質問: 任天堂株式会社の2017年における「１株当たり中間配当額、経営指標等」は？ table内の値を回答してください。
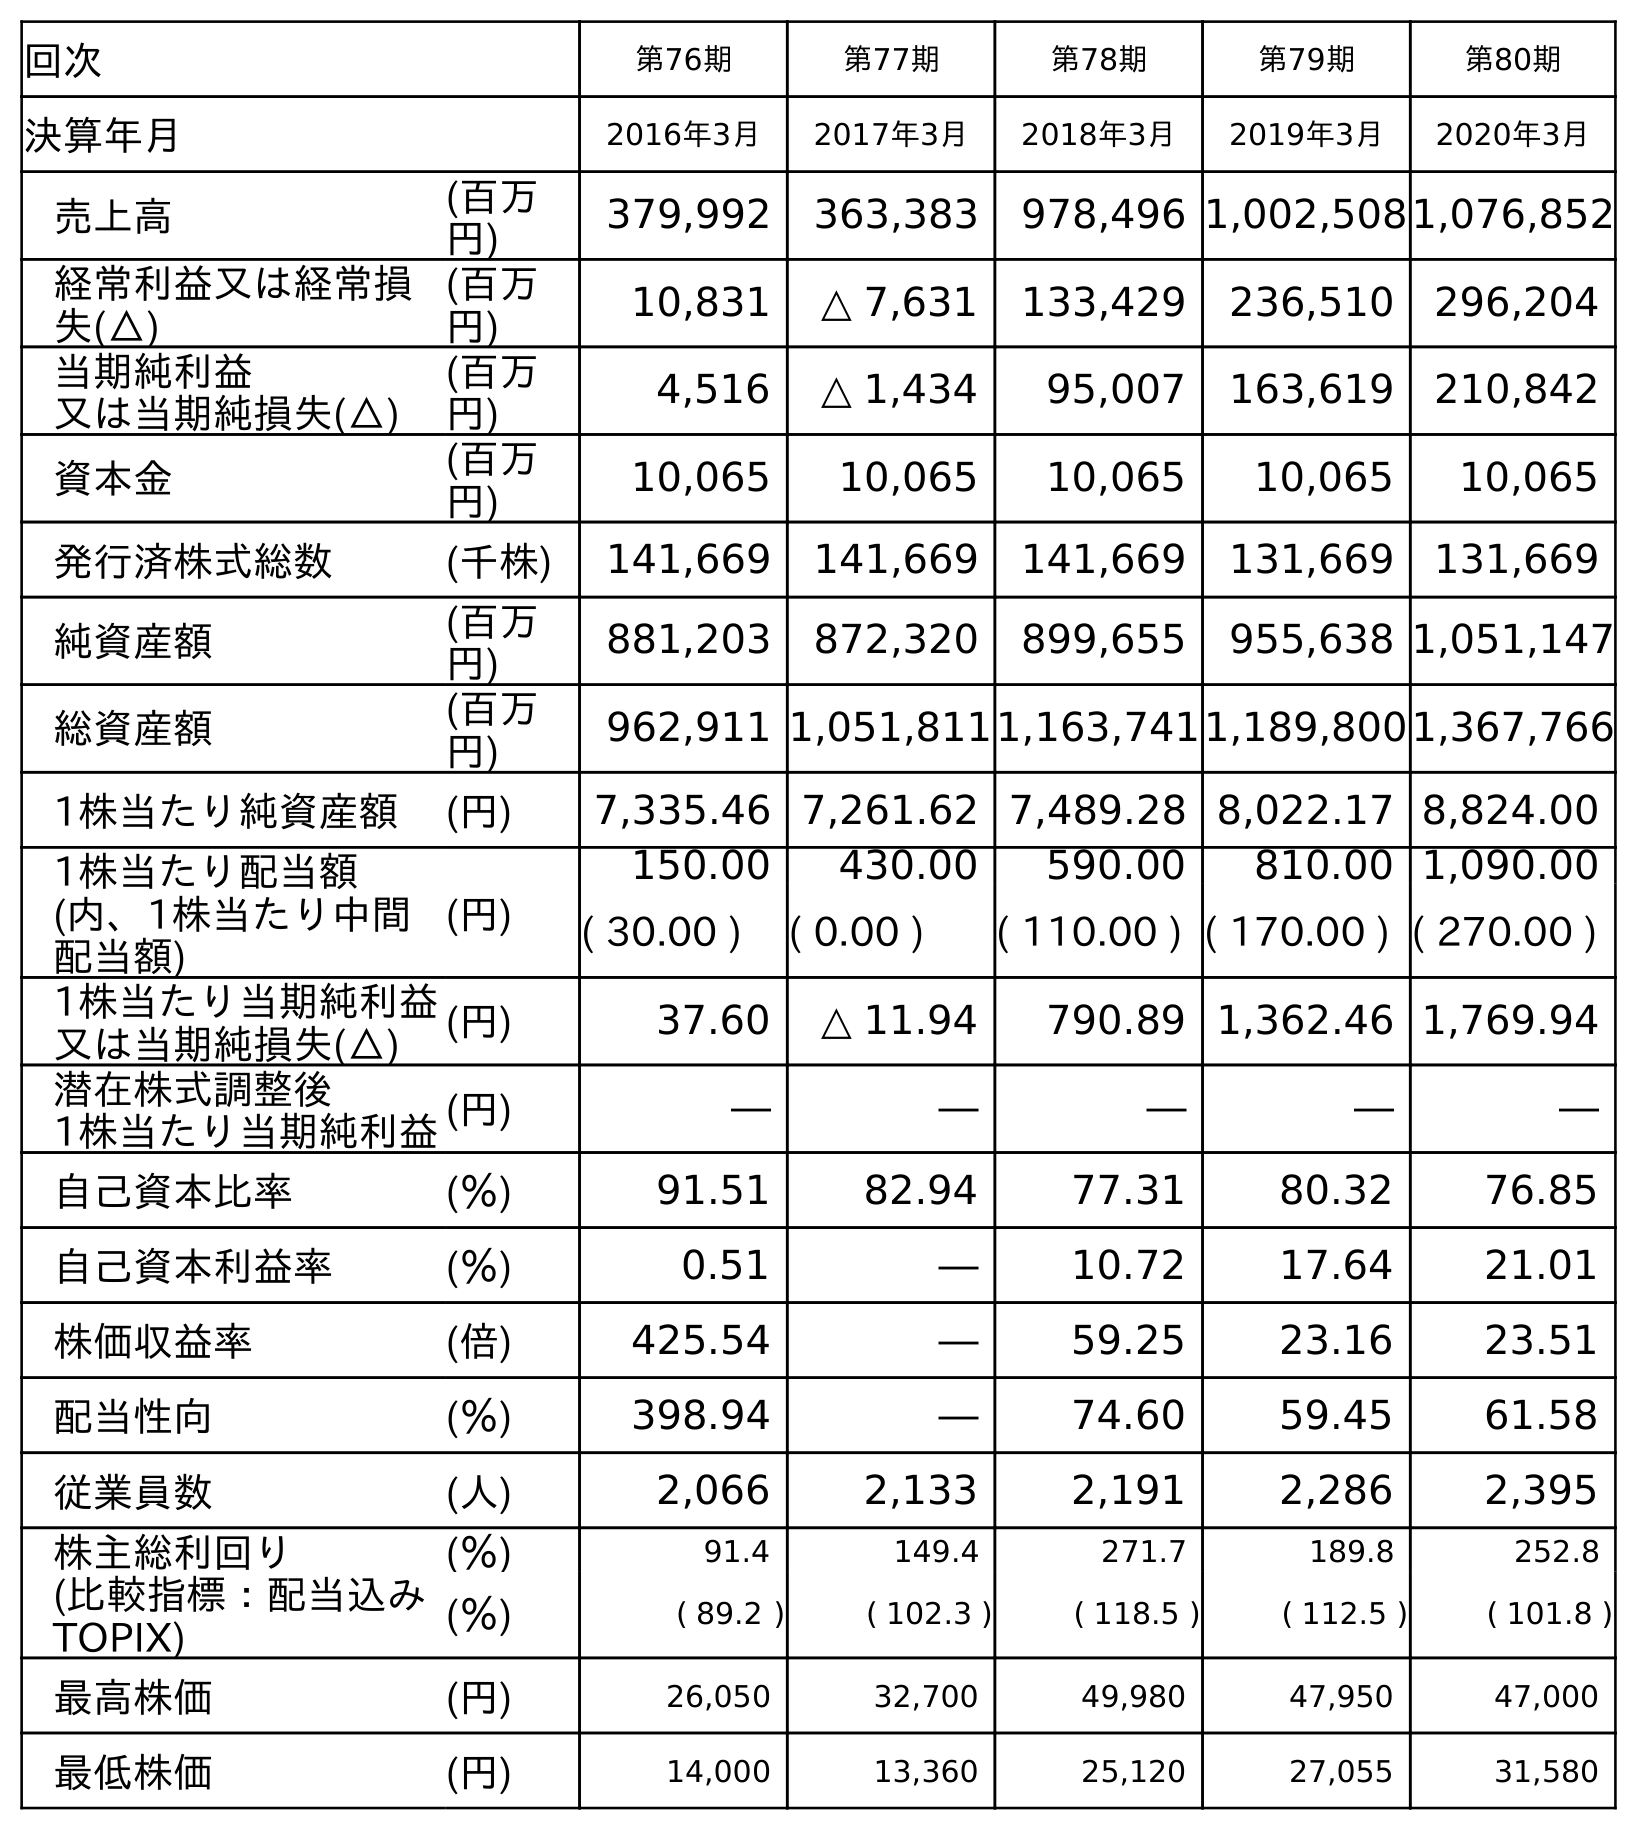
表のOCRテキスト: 回次 第76期 第77期 第78期 第79期 第80期 決算年月 2016年3月 2017年3月 2018年3月 2019年3月 2020年3月 売上高 (百万 円) 379,992 363,383 978,496 1,002,5081,076,852 経常利益又は経常損 失(△) (百万 円) 10,831 △ 7,631 133,429 236,510 296,204 当期純利益 又は当期純損失(△) (百万 円) 4,516 △ 1,434 95,007 163,619 210,842 資本金 (百万 円) 10,065 10,065 10,065 10,065 10,065 発行済株式総数 (千株) 141,669 141,669 141,669 131,669 131,669 純資産額 (百万 円) 881,203 872,320 899,655 955,638 1,051,147 総資産額 (百万 円) 962,911 1,051,8111,163,7411,189,8001,367,766 1株当たり純資産額 (円) 7,335.46 7,261.62 7,489.28 8,022.17 8,824.00 1株当たり配当額 (内、1株当たり中間 配当額) (円) 150.00 430.00 590.00 810.00 1,090.00 ( 30.00 ) ( 0.00 ) ( 110.00 ) ( 170.00 ) ( 270.00 ) 1株当たり当期純利益 又は当期純損失(△) (円) 37.60 △ 11.94 790.89 1,362.46 1,769.94 潜在株式調整後 1株当たり当期純利益(円) ― ― ― ― ― 自己資本比率 (％) 91.51 82.94 77.31 80.32 76.85 自己資本利益率 (％) 0.51 ― 10.72 17.64 21.01 株価収益率 (倍) 425.54 ― 59.25 23.16 23.51 配当性向 (％) 398.94 ― 74.60 59.45 61.58 従業員数 (人) 2,066 2,133 2,191 2,286 2,395 株主総利回り (比較指標：配当込み TOPIX) (％) 91.4 149.4 271.7 189.8 252.8 (％) ( 89.2 ) ( 102.3 ) ( 118.5 ) ( 112.5 ) ( 101.8 ) 最高株価 (円) 26,050 32,700 49,980 47,950 47,000 最低株価 (円) 14,000 13,360 25,120 27,055 31,580
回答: (0.00)